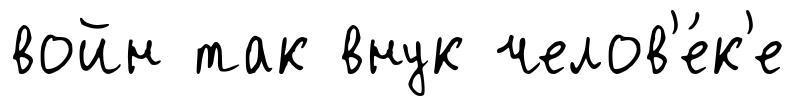
войн так внук челов'е́к'е